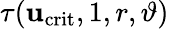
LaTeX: \tau(\mathbf{u}_{\mathrm{{crit}}},1,r,\vartheta)